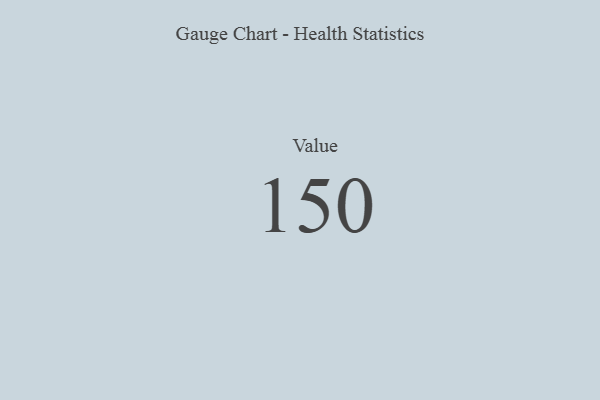
{"axis": {"x": "Metric", "y": "Value"}, "legend": [""], "data": [{"x": "Value", "y": 150, "type": ""}]}